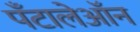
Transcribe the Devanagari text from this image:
पँटालेऑन